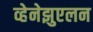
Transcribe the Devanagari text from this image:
व्हेनेझुएलन